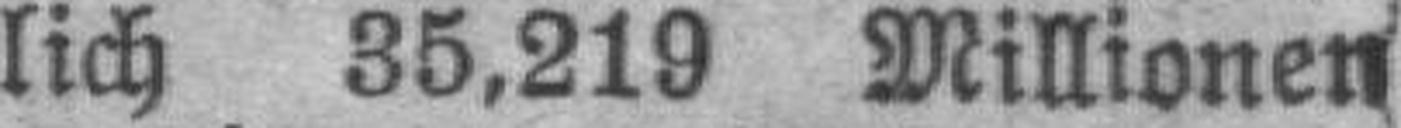
lich 35,219 Millionen